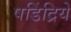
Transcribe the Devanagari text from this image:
षडिंद्रियें